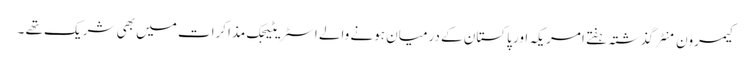
کیمرون منٹر گذشتہ ہفتے امریکہ اور پاکستان کے درمیان ہونے والے اسٹریٹیجک مذاکرات میں بھی شریک تھے ۔